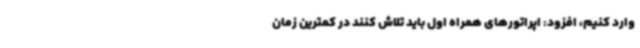
وارد کنیم، افزود: اپراتورهای همراه اول باید تلاش کنند در کمترین زمان